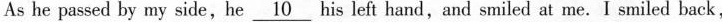
As he passed by my side, he \underline{10} his left hand,and smiled at me.I smiled back,